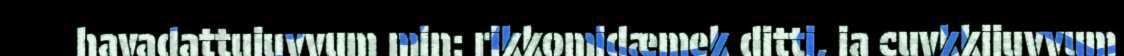
havadattujuvvum min: rikkomidæmek ditti, ja cuvkkijuvvum